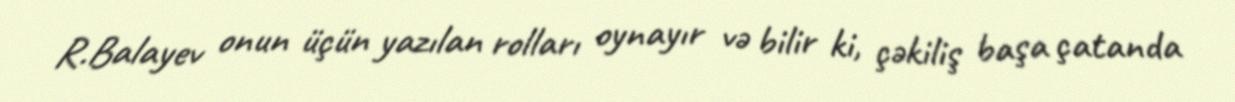
R.Balayev onun üçün yazılan rolları oynayır və bilir ki, çəkiliş başa çatanda